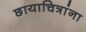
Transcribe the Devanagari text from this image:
छायाचित्रांना